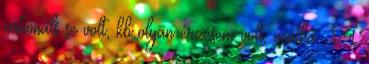
nationals se volt, kb olyan érzésem volt, mintha 3-4